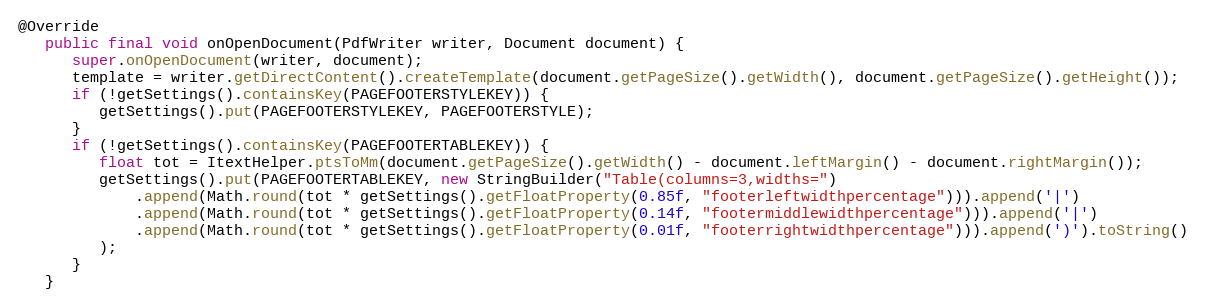
Language: Java
@Override
   public final void onOpenDocument(PdfWriter writer, Document document) {
      super.onOpenDocument(writer, document);
      template = writer.getDirectContent().createTemplate(document.getPageSize().getWidth(), document.getPageSize().getHeight());
      if (!getSettings().containsKey(PAGEFOOTERSTYLEKEY)) {
         getSettings().put(PAGEFOOTERSTYLEKEY, PAGEFOOTERSTYLE);
      }
      if (!getSettings().containsKey(PAGEFOOTERTABLEKEY)) {
         float tot = ItextHelper.ptsToMm(document.getPageSize().getWidth() - document.leftMargin() - document.rightMargin());
         getSettings().put(PAGEFOOTERTABLEKEY, new StringBuilder("Table(columns=3,widths=")
             .append(Math.round(tot * getSettings().getFloatProperty(0.85f, "footerleftwidthpercentage"))).append('|')
             .append(Math.round(tot * getSettings().getFloatProperty(0.14f, "footermiddlewidthpercentage"))).append('|')
             .append(Math.round(tot * getSettings().getFloatProperty(0.01f, "footerrightwidthpercentage"))).append(')').toString()
         );
      }
   }